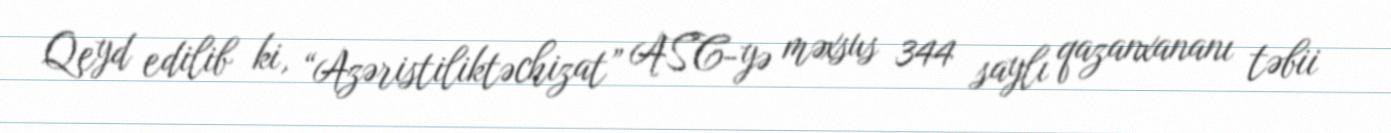
Qeyd edilib ki, “Azəristiliktəchizat” ASC-yə məxsus 344 saylı qazanxananı təbii